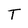
Character: T